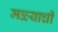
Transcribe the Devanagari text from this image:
मळ्याची